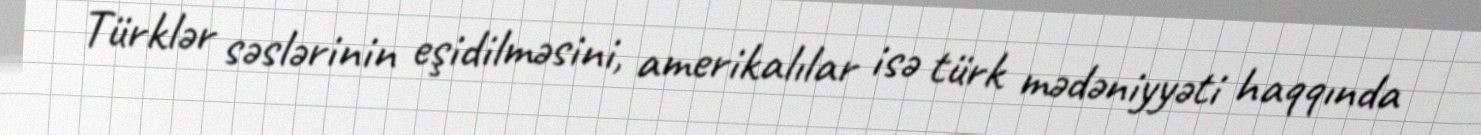
Türklər səslərinin eşidilməsini, amerikalılar isə türk mədəniyyəti haqqında